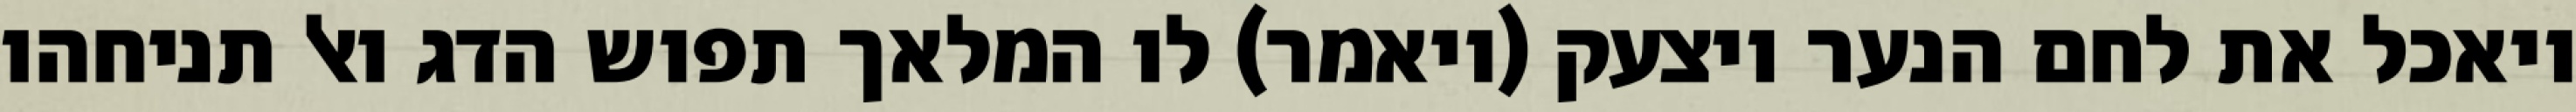
ויאכל את לחם הנער ויצעק (ויאמר) לו המלאך תפוש הדג ואל תניחהו